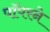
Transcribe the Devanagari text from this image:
पॉपरने